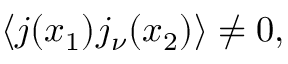
\langle j ( x _ { 1 } ) j _ { \nu } ( x _ { 2 } ) \rangle \ne 0 ,